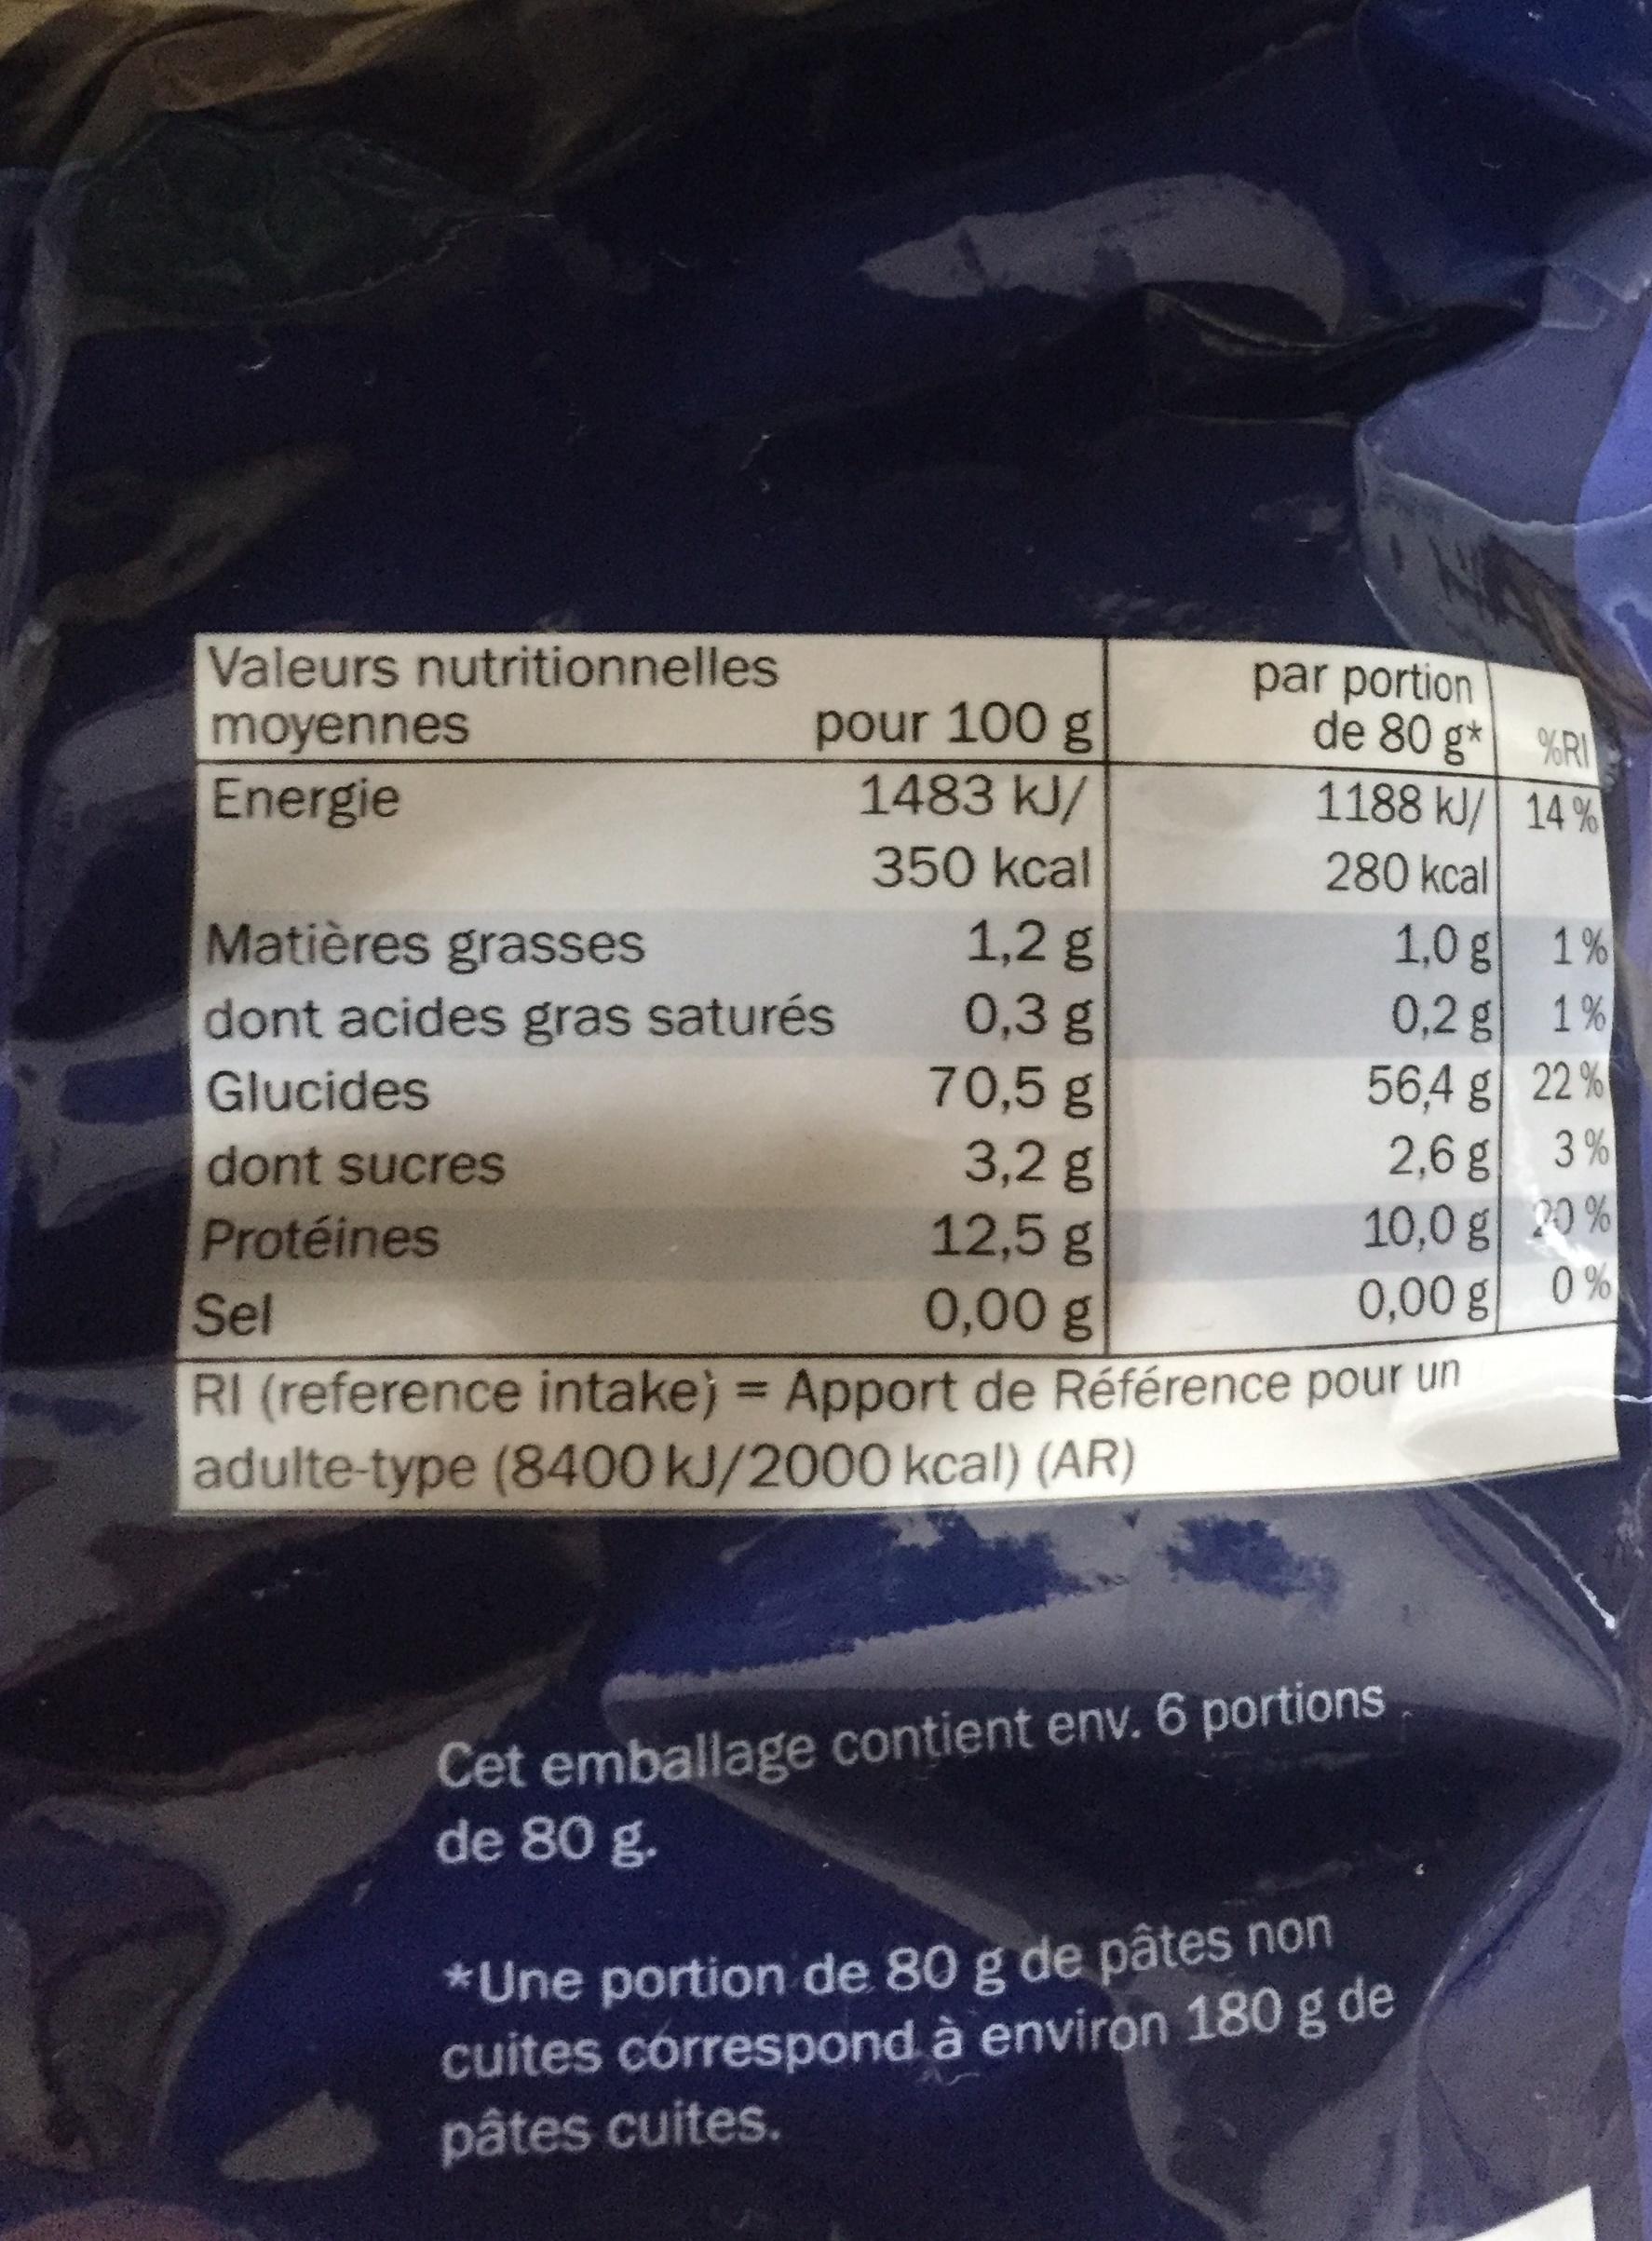
Valeurs nutritionnelles
moyennes
Energie
pour 100 g
1483 kJ/
350 kcal
par portion de 80 g*
Matières grasses
dont acides gras saturés
Glucides
dont sucres
Protéines
1188 kJ/
280 kcal
1,2 g
0,3 g
70,5 g
3,2 g
12,5 g
0,00 g
Sel
RI (reference intake) = Apport de Référence pour un adulte-type (8400 kJ/2000 kcal) (AR)
1,0 g
0,2 g
56,4 g
2,6 g
10,0 g
0,00 g
Cet emballage contient env. 6 portions de 80 g.
*Une portion de 80 g de pâtes non cuites correspond à environ 180 g de pâtes cuites.
%RI
14 %
1%
1%)
22%
3%
20%
0%